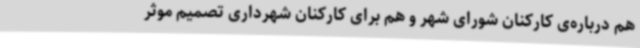
هم درباره‌ی کارکنان شورای شهر و هم برای کارکنان شهرداری تصمیم موثر